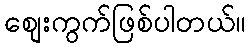
စျေးကွက်ဖြစ်ပါတယ်။